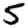
Digit: 5